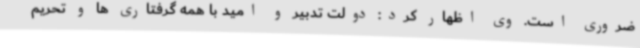
ضروری است. وی اظهار کرد: دولت تدبیر و امید با همه گرفتاری ها و تحریم